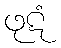
ဖုဋံ